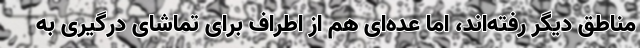
مناطق دیگر رفته‌اند، اما عده‌ای هم از اطراف برای تماشای درگیری به